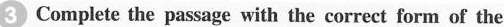
3 Complete the passage with the correct form of the